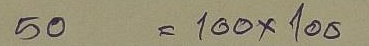
50 = 100 x 100